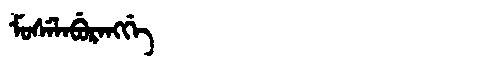
Manchu: ᠮᠣᠰᡝᠯᠠᠪᡠᡵᠠᠩᡤᡝ
Romanization: MOSELABURANGGE